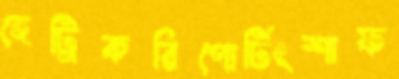
হেট্রিকরিপোর্টিংশাফ